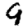
Digit: 9